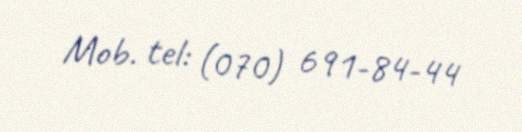
Mob. tel: (070) 691-84-44